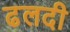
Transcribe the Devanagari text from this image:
ढलदी